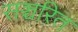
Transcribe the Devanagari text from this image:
सञ्चरित